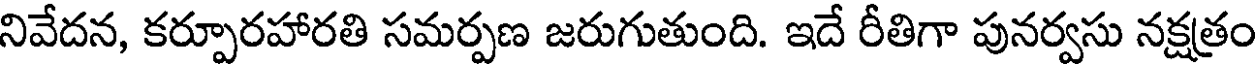
నివేదన, కర్పూరహారతి సమర్పణ జరుగుతుంది. ఇదే రీతిగా పునర్వసు నక్షత్రం